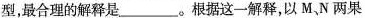
型，最合理的解释是___。根据这一解释，以M.N两果